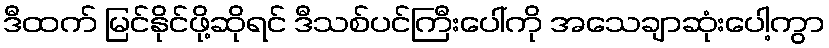
ဒီထက် မြင်နိုင်ဖို့ဆိုရင် ဒီသစ်ပင်ကြီးပေါ်ကို အသေချာဆုံးပေါ့ကွာ